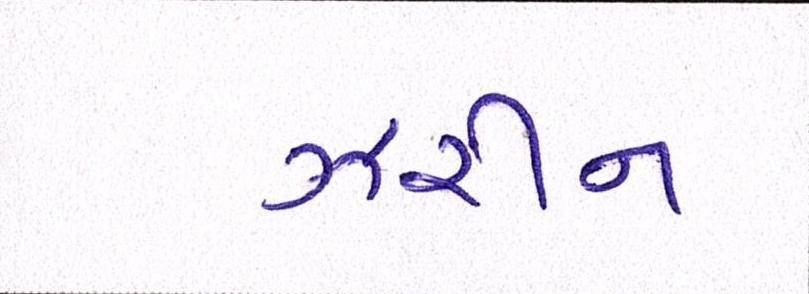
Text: ઝરીન